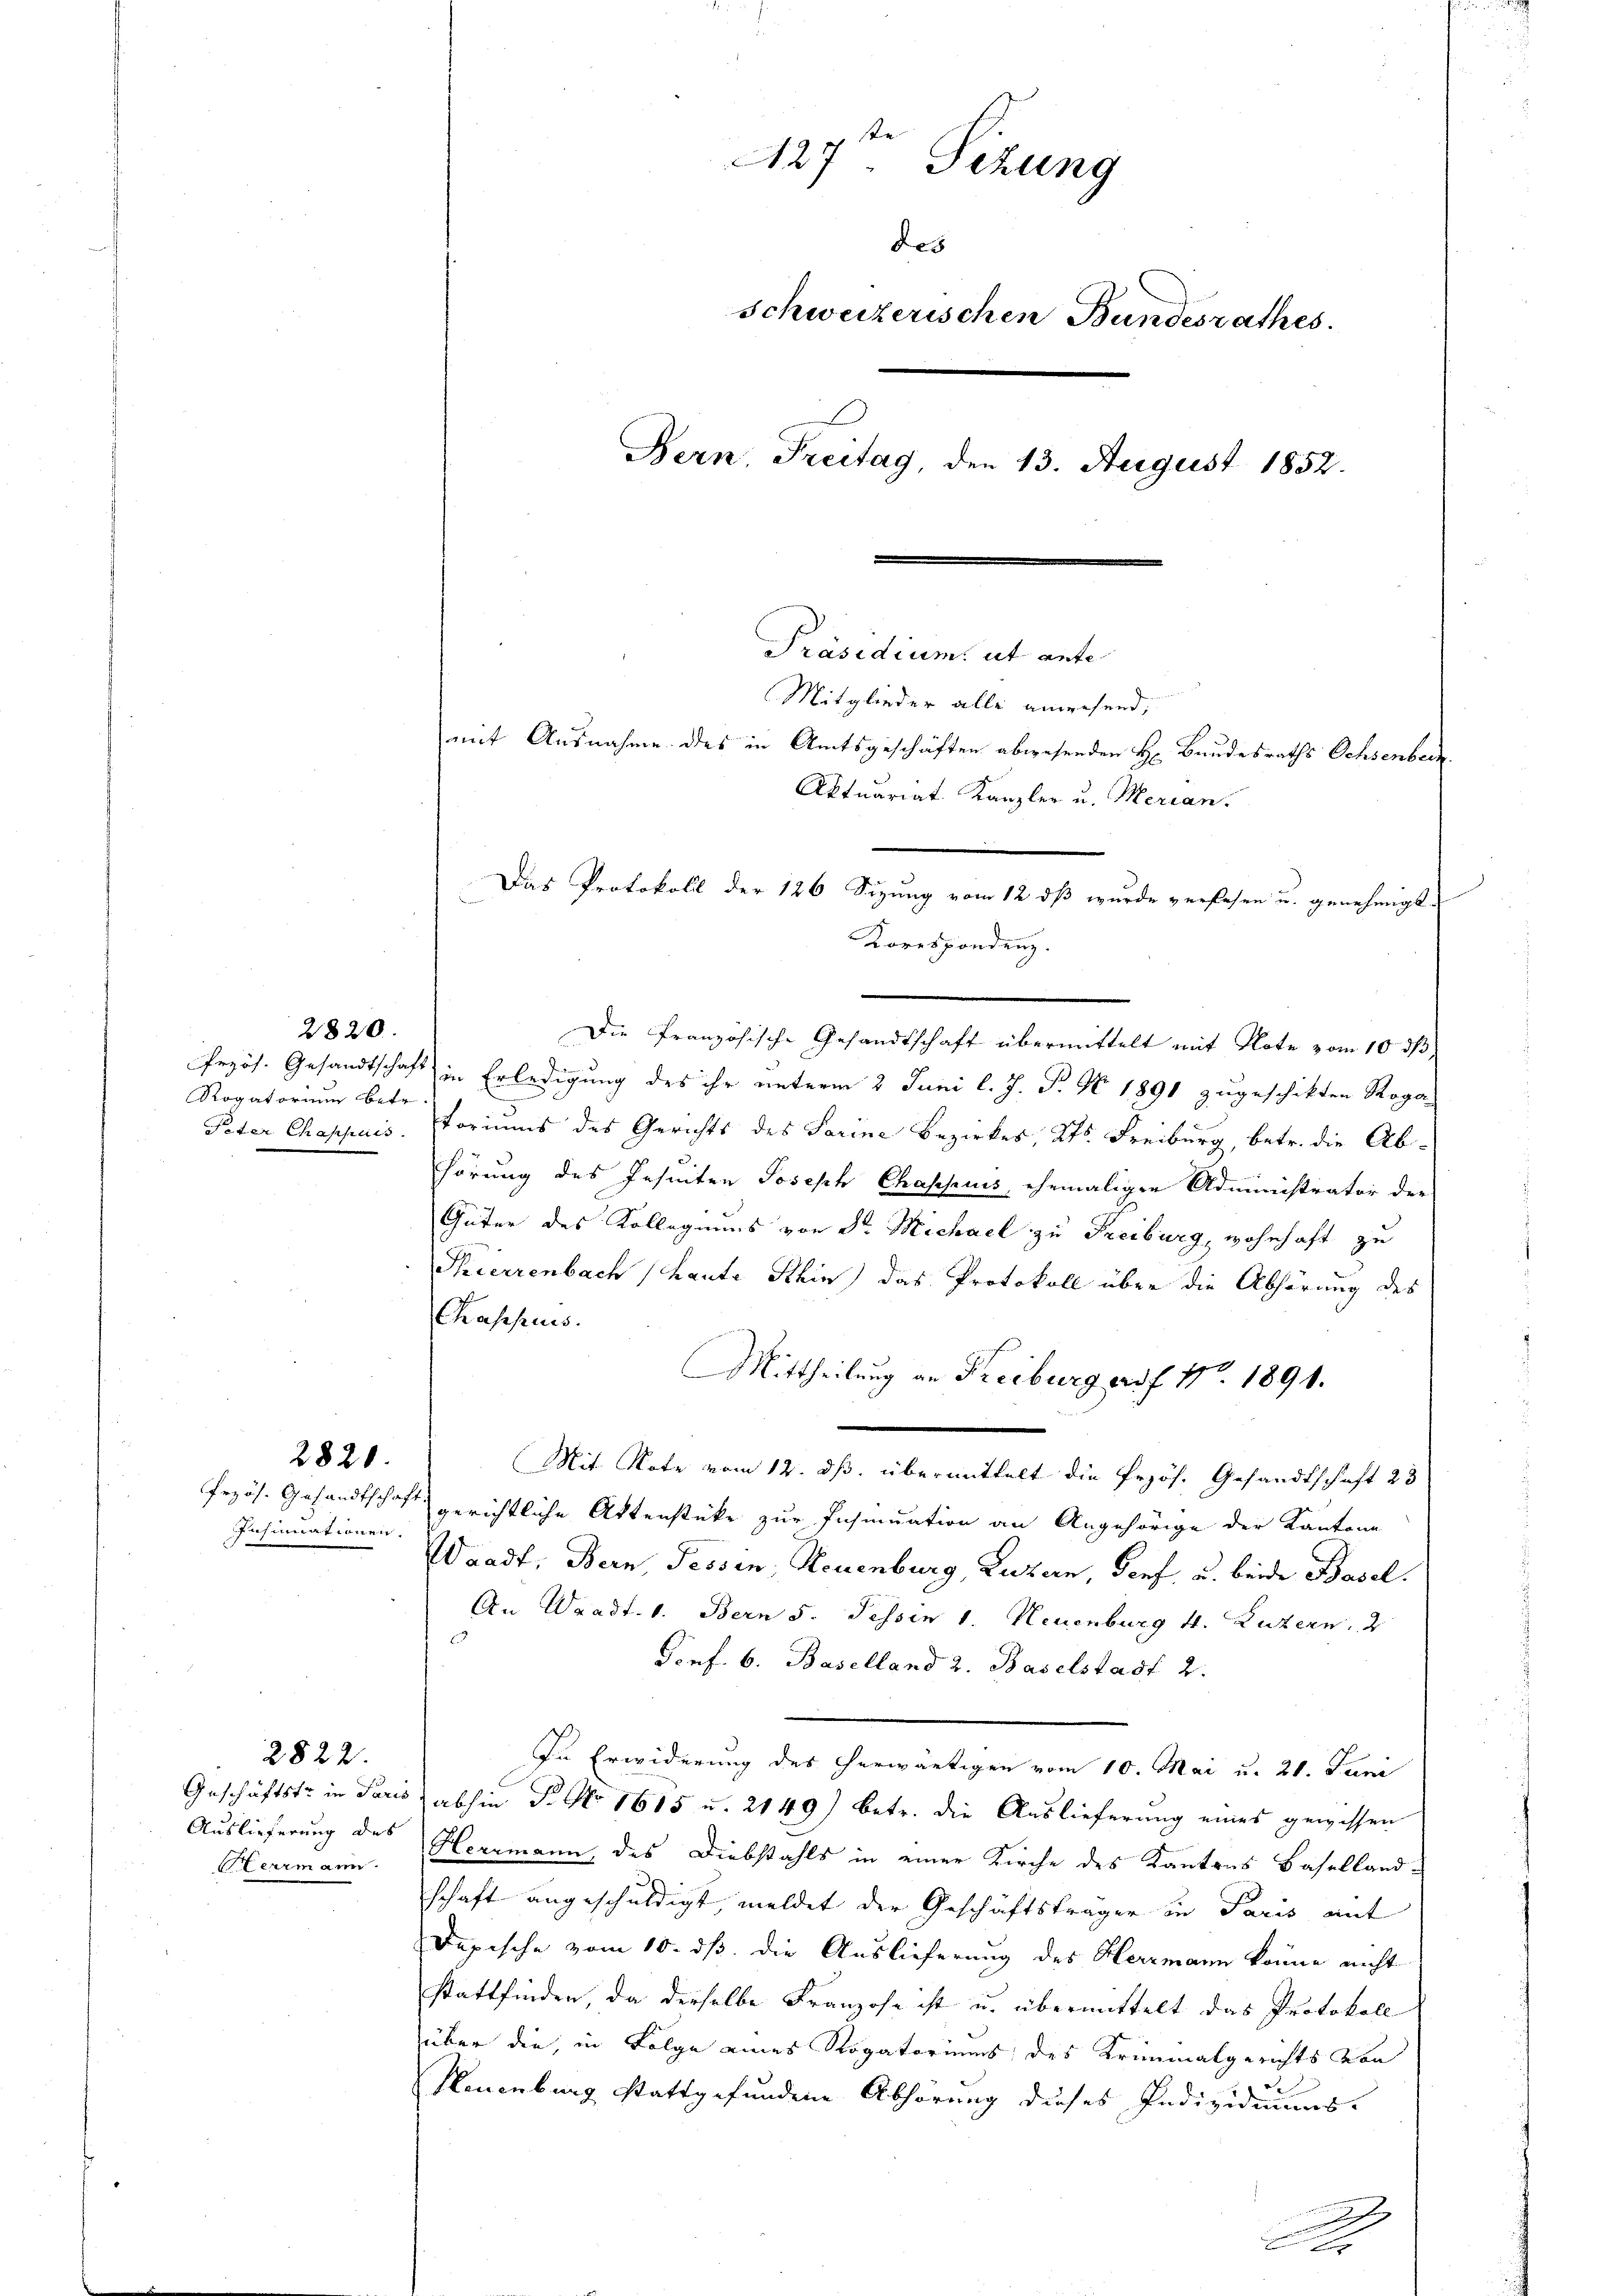
2820.
Rogatorium betr.

Insinuationen.

2820.

Auslieferung des
Herrmann.

2822.

Die französische Gesandtschaft übermittelt mit Note vom 10. ds
Przös. Gesandtschaft in Erledigung des ihr unterm 2 Juni l. J. J. N 1891 zugeschikten Roga-
Peter Chappais. Storiums des Gerichts des Sarine Bezirkes, Kts. Freiburg, betr. die Abhörung des Jesuiten Joseph Chappuis, ehemaligen Administrator der
Güter des Kollegiums von Sr. Michael zu Freiburg, wohnhaft zu
Thierrenbach (laute Khin) das Protokoll über die Abhörung des
Chassus.
Mittheilung an Freiburg auf Nr. 1891.
Mit Note vom 12. ds. übermittelt die Przös. Gesandtschaft 23
frzös. Gesandtschaft gerichtliche Aktenstücke zur Insinuation an Angehörige der Kantone
Waadt, Bern, Tessen, Neuenburg, Luzern, Genf, u. beide Basel.
An Waadt. 1. Bern 5. Tessin 1. Neuenburg 4. Luzern, 2
Gonf. 6. Baselland 2. Baselstadt 2.
In Erwiderung des herwärtigen vom 10. Mai u. 21. Juni
Geschäftstr in Paris abhin P. No 1615 u. 2149) betr. die Auslieferung eines gewissen
Herrmann, des Diebstahls in einer Kirche des Kantons Basellandschaft angeschuldigt, meldet der Geschäftsträger in Paris mit
Dapische vom 10. ds. die Auslieferung des Herrmann könne nicht
stattfinden, da derselbe Franzose ist u. übermittelt das Protokoll
über die, in Folge eines Rogatoriums des Kriminalgerichts von
Neuenburg stattgefundene Abhörung dieses Individuums-

27ten Sizung
de
5
Schweizerischen Bundesrathes.
Bern, Freitag, den 13. August 1852.

mit Ausnahme des in Amtsgeschäften abwesenden H. Bandesraths Ochsenbeck
Aktuariat Kanzler u. Merian.
Das Protokoll der 126 Sizung vom 12 dß wurde verlesen u. genehmigt.
Korespondenz.

Präsidium ut ante
Mitglieder alle anwesend,